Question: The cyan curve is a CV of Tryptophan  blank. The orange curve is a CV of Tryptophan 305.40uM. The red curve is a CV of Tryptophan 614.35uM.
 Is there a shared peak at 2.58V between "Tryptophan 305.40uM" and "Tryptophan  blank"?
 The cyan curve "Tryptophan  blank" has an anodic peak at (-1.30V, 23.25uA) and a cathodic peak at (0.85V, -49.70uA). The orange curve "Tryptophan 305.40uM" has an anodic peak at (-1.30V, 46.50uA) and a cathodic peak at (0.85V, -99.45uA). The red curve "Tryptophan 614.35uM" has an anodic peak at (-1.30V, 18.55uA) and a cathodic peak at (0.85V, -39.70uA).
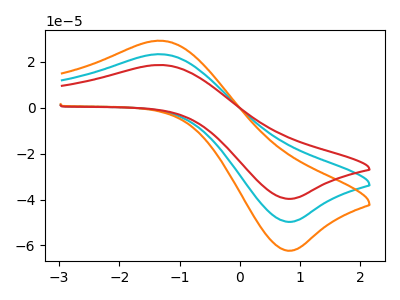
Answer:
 <answer>No, "Tryptophan 305.40uM" and "Tryptophan  blank" dont share a peak at 2.58V.</answer>
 <eval>mismatch</eval>